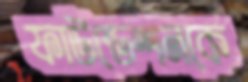
ফাউন্ডেশনকে